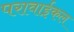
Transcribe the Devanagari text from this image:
परावाईकल